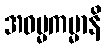
အဓမ္မကမ္မာနိ